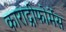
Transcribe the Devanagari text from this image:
काराद्रीफोर्मेस